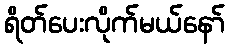
ရိတ်ပေးလိုက်မယ်နော်